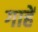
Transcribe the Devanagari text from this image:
गाहें